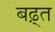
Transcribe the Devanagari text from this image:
बढ़्त